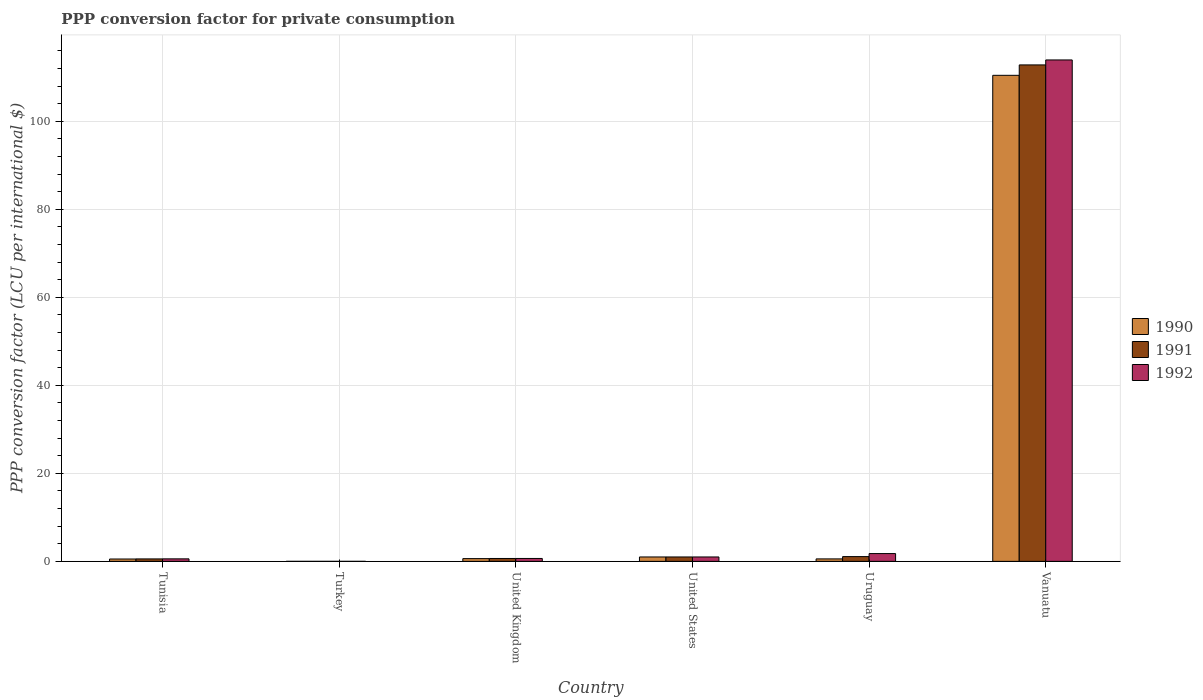
| Country | 1990 | 1991 | 1992 |
 | --- | --- | --- | --- |
 | Tunisia | 0.535 | 0.555 | 0.57 |
 | Turkey | 0.00171 | 0.00266 | 0.00429 |
 | United Kingdom | 0.623 | 0.654 | 0.661 |
 | United States | 1 | 1 | 1 |
 | Uruguay | 0.558 | 1.08 | 1.77 |
 | Vanuatu | 110 | 113 | 114 |